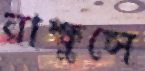
রাক্ষুসে